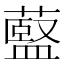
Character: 𫉶